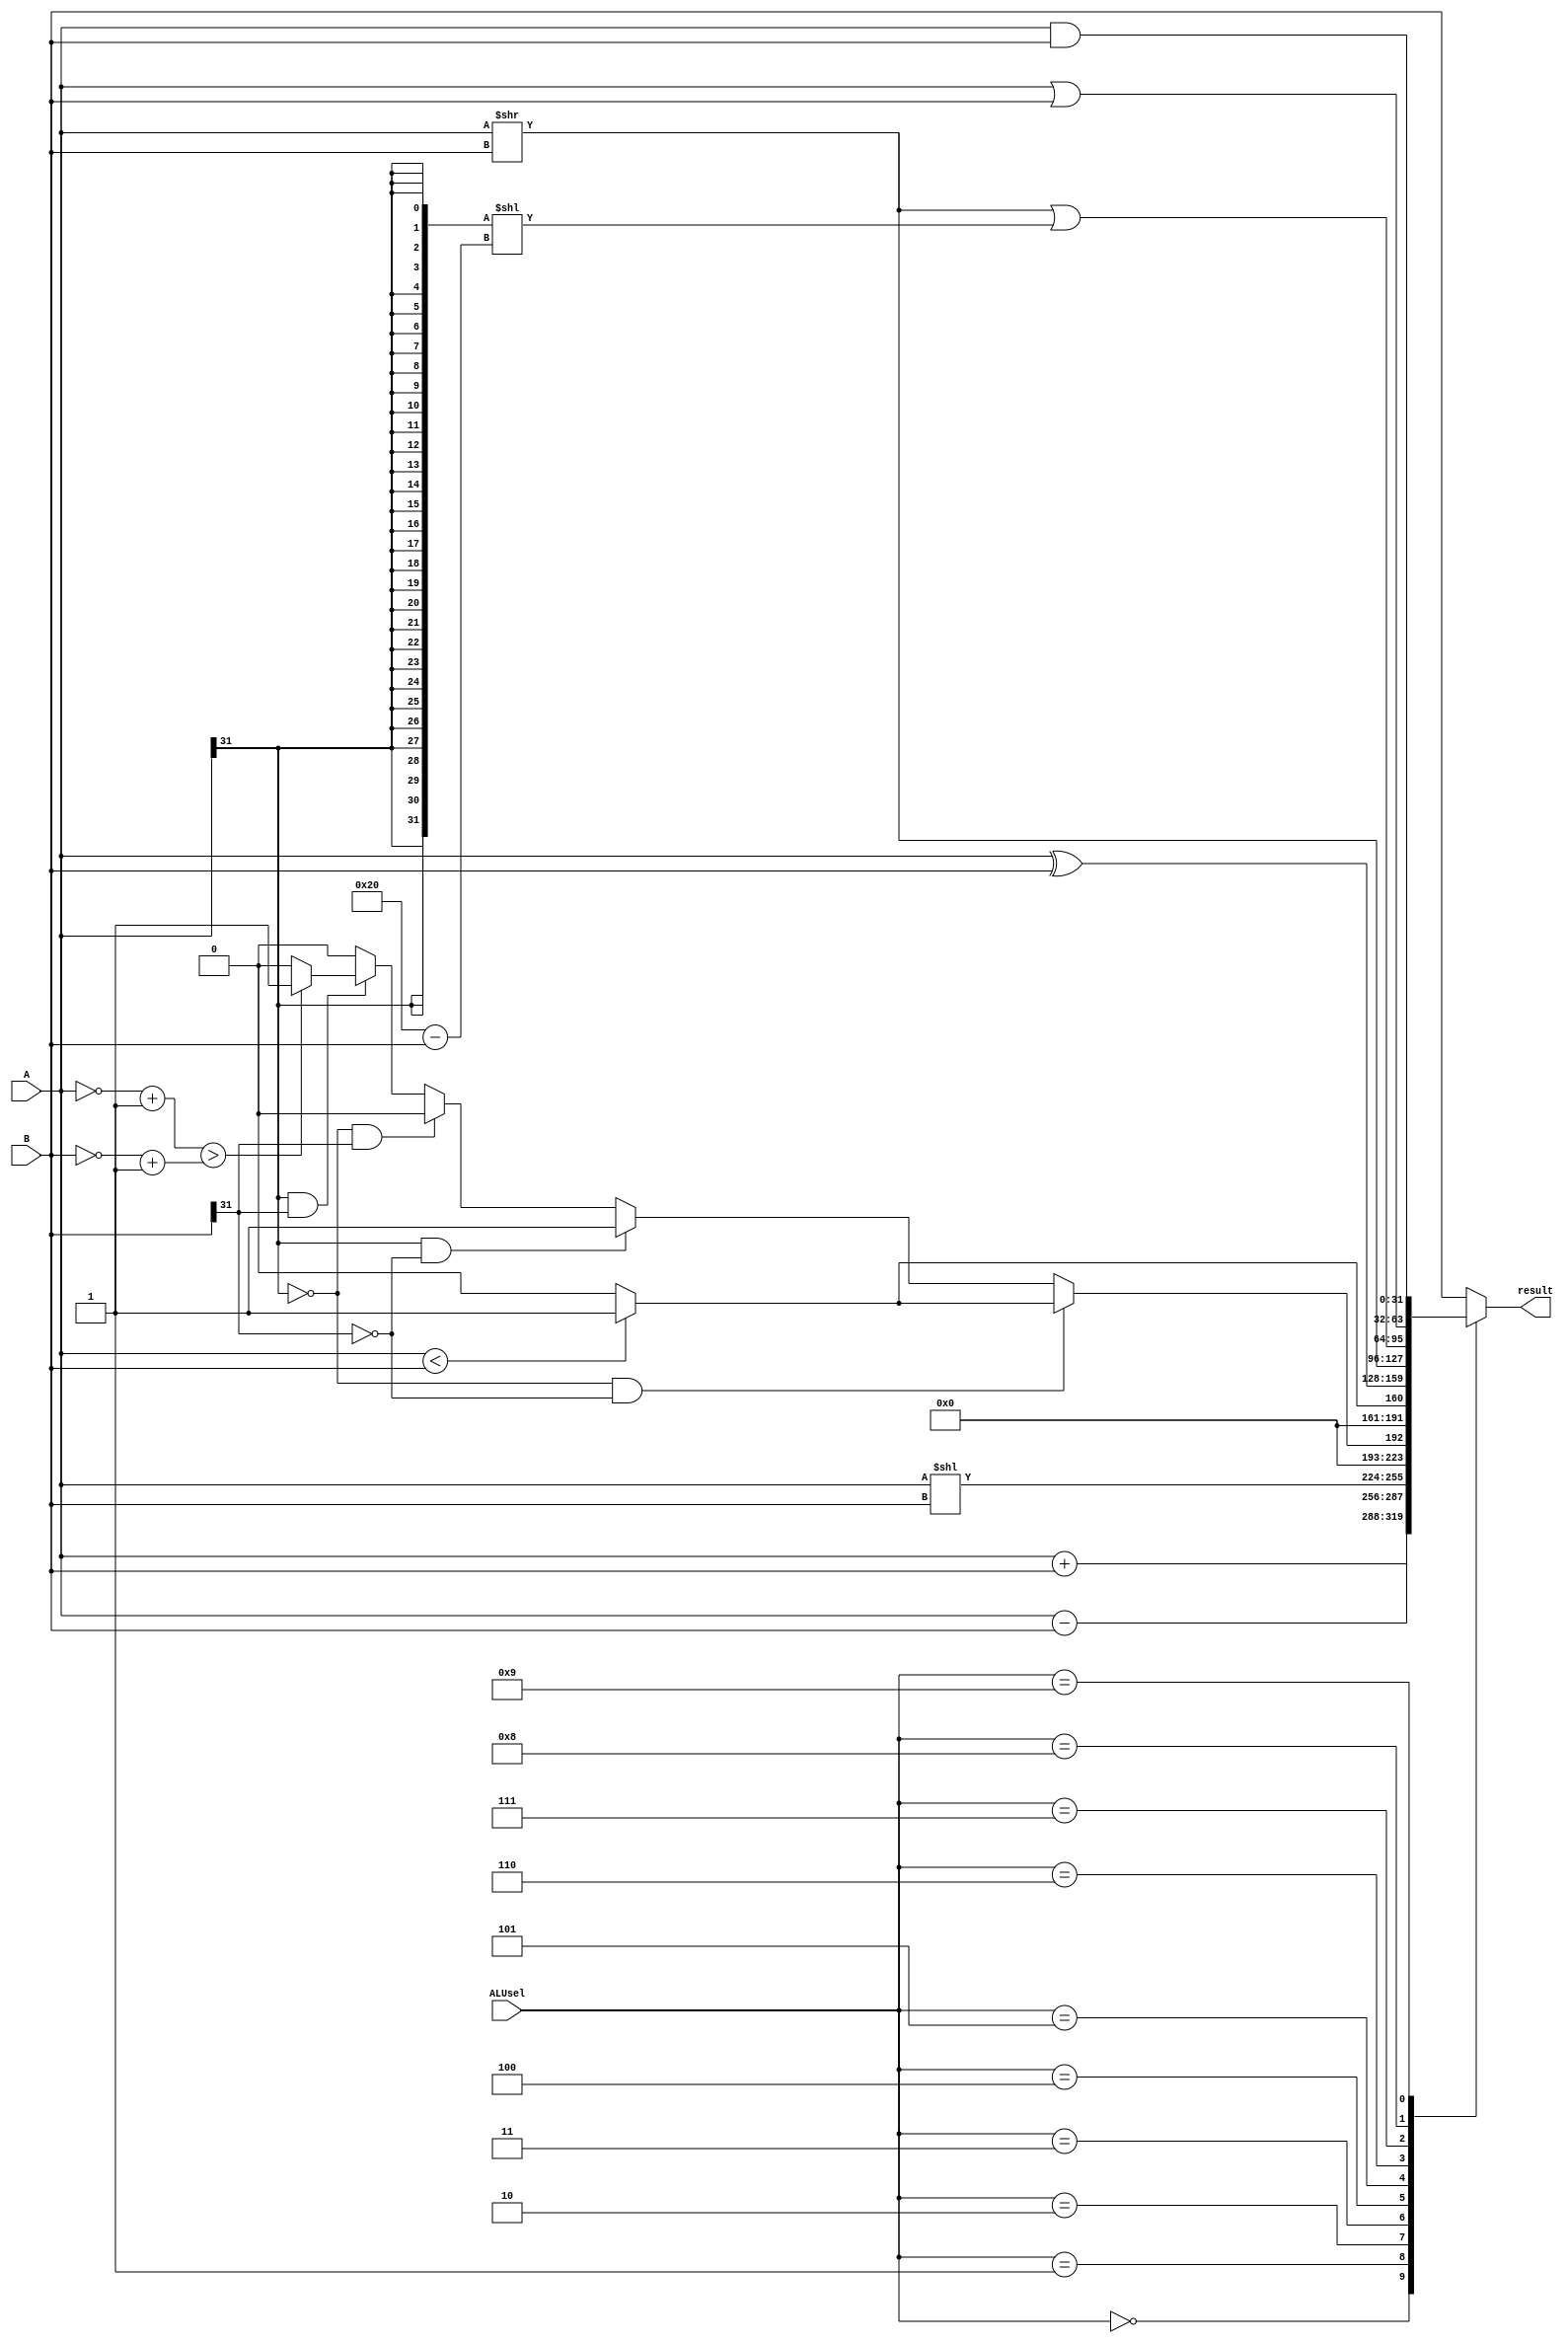
module ALU (
    input [3:0] ALUsel,
    input [31:0] A,
    input [31:0] B,
    output reg [31:0] result
);

wire [31:0] add_result;
wire [31:0] subb_result;
wire [31:0] sll_result;
wire [31:0] slt_result;
wire [31:0] sltu_result;
wire [31:0] xor_result;
wire [31:0] srl_result;
wire [31:0] sra_result;
wire [31:0] or_result;
wire [31:0] and_result;
integer i;

assign add_result = A+B;
assign subb_result = A-B;
assign and_result = A & B;
assign or_result = A | B;
assign xor_result = A ^ B;
assign sltu_result = (A<B)?32'd1:32'd0;
assign slt_result = ((A[31]==0)&(B[31]==0))?(A<B)?32'd1:32'd0:((A[31]==1)&(B[31]==0))?32'd1:((A[31]==0)&(B[31]==1))?32'd0:((A[31]==1)&(B[31]==1))?((~A+1)>(~B+1))?32'd1:32'd0:32'd0;
assign sll_result = A << B ;
assign srl_result = A >> B ;
assign sra_result = (A>>B) | (({32{A[31]}}) << (32 - B));

/*always @(A or B) begin
  temp = A;  
  for (i=0; i<B; i=i+1) begin
    if (A[31]==0)
      temp = temp >> 1;
    else
      temp = {1'b1,temp[31:1]};
  end
  sra_result = temp;
end*/

always @(*) begin
  case (ALUsel)
  4'd0: result <= add_result;
  4'd1: result <= subb_result;
  4'd2: result <= sll_result;
  4'd3: result <= slt_result;
  4'd4: result <= sltu_result;
  4'd5: result <= xor_result;
  4'd6: result <= srl_result;
  4'd7: result <= sra_result;
  4'd8: result <= or_result;
  4'd9: result <= and_result;
  default: result <= B;
  endcase
end
endmodule